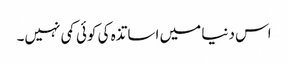
اس دنیا میں اساتذہ کی کوئی کمی نہیں۔